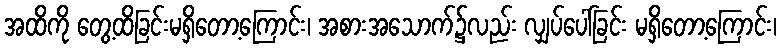
အထိကို တွေ့ထိခြင်းမရှိတော့ကြောင်း၊ အစားအသောက်၌လည်း လျှပ်ပေါ်ခြင်း မရှိတော့ကြောင်း၊